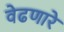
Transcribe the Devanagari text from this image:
वेढणारे